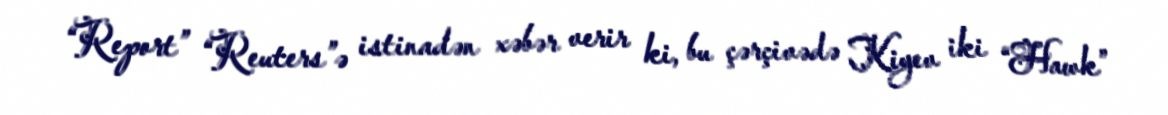
“Report” “Reuters”ə istinadən xəbər verir ki, bu çərçivədə Kiyev iki “Hawk”